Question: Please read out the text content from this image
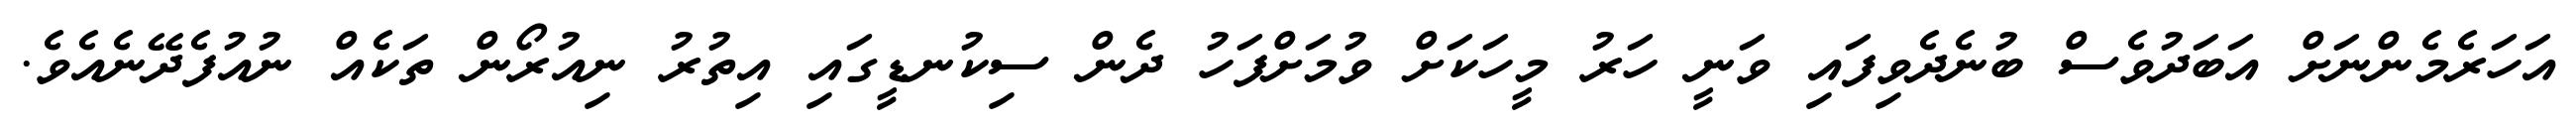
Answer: އަހަރެމެންނަށް އަބަދުވެސް ބުނެދެވިފައި ވަނީ ހަރު މީހަކަށް ވުމަށްފަހު ދެން ސިކުނޑީގައި އިތުރު ނިއުރޯން ތަކެއް ނުއުފެދޭނެއެވެ.